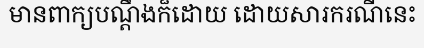
មានពាក្យបណ្តឹងក៏ដោយ ដោយសារករណីនេះ